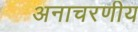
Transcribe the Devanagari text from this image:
अनाचरणीय